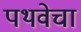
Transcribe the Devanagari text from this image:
पथवेचा